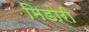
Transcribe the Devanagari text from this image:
मिडोरी